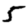
Digit: 5